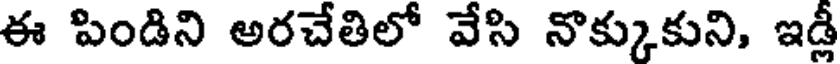
ఈ పిండిని అరచేతిలో వేసి నొక్కుకుని, ఇడ్ల